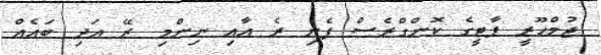
ޖުމްހޫރީ ޕާޓީގެ ކޮންގްރެސް ފެށި ރެ އާއި ނިންމި ރޭ އަދި ބައެއް